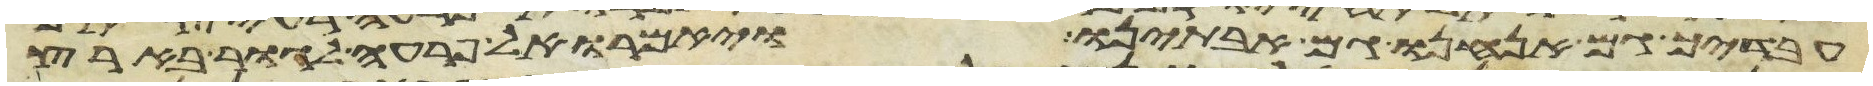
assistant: עבדיך גם אנחנו גם אבתינו ויאמרו אל פרעה לגור בארץ